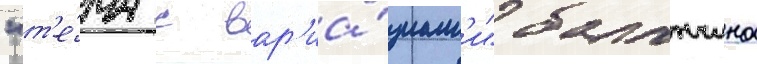
"т'е́ма с вар'иа́циам'и" баланчина